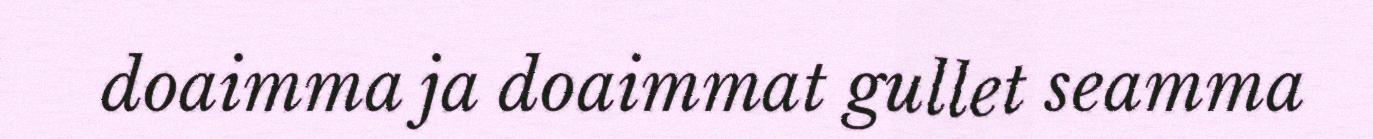
doaimma ja doaimmat gullet seamma